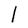
Character: l